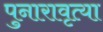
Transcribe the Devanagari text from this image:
पुनारावृत्या